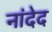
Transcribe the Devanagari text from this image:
नांदेद